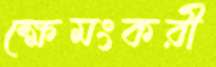
ক্ষেমংকরী